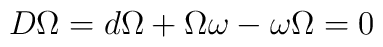
D\Omega=d\Omega+\Omega \omega-\omega \Omega=0